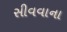
સીવવાના